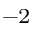
^ { - 2 }